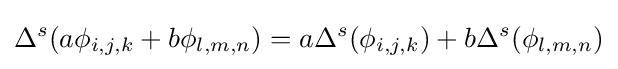
\Delta ^{s}(a\phi _{i,j,k}+b\phi _{l,m,n})=a\Delta ^{s}(\phi _{i,j,k})+b\Delta ^{s}(\phi _{l,m,n})